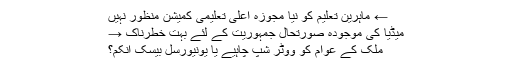
← ماہرین تعلیم کو نیا مجوزہ اعلیٰ تعلیمی کمیشن منظور نہیں
میڈیا کی موجودہ صورتحال جمہوریت کے لئے بہت خطرناک →
ملک کے عوام کو ووٹر شپ چاہیے یا یونیورسل بیسک انکم؟